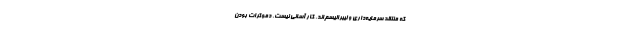
که منتقد سرمایه‌داری و لیبرالیسم‌اند، کار آسانی نیست، دموکرات بودن